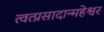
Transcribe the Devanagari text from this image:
त्वत्प्रसादान्महेश्वर